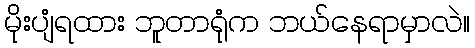
မိုးပျံရထား ဘူတာရုံက ဘယ်နေရာမှာလဲ။